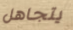
يتجاهل